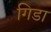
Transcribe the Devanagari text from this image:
गिडा